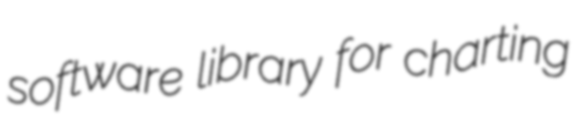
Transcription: software library for charting